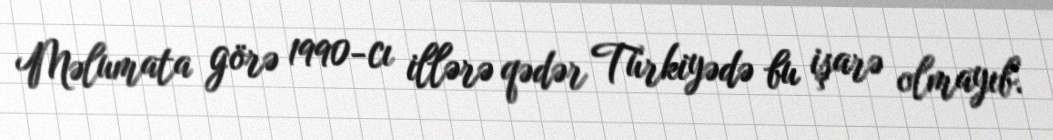
Məlumata görə 1990-cı illərə qədər Türkiyədə bu işarə olmayıb.